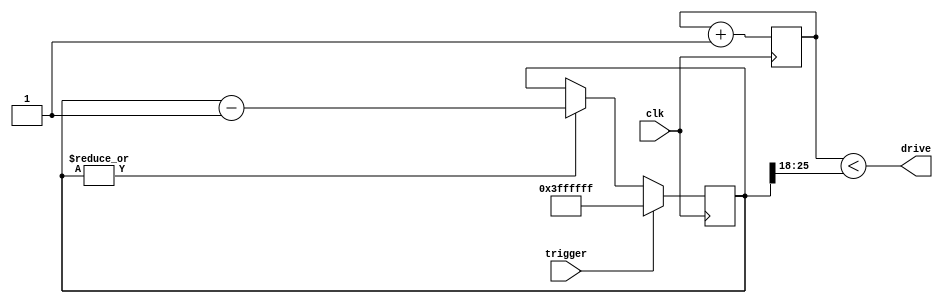
// This program was cloned from: https://github.com/kramble/FPGA-Litecoin-Miner
// License: GNU General Public License v3.0

// When triggered, turn the output to maximum and start fading to black

// by teknohog

module pwm_fade (clk, trigger, drive);
   input trigger;
   input clk;
   output drive;

   //parameter FADE_BITS = 27;
   parameter LEVEL_BITS = 8;

   // Average block interval in clock cycles is
   // 2**32 / (clk * 0.5**ll2 * miners) * clk
   // where (clk * 0.5**ll2 * miners) is the hashrate
   parameter LOCAL_MINERS = 1;
   parameter LOOP_LOG2 = 1;
   //localparam FADE_BITS = 32 + LOOP_LOG2 - $clog2(LOCAL_MINERS);

   // Xilinx ISE 13.2 cannot handle $clog2 in localparam, but it works
   // in the index
`define FADE_BITS 26
   
   reg [LEVEL_BITS-1:0] pwm_counter;
   always @(posedge clk) pwm_counter = pwm_counter + 1;

   reg [`FADE_BITS-1:0] fade_counter = 0;
   always @(posedge clk)
     if (trigger) fade_counter = 0 - 1;
     else if (|fade_counter) fade_counter = fade_counter - 1;
   
   // For some reason, {FADE_BITS{1}} sets the register to zero, but
   // 0-1 works. Also, it needs to be explicitly initialized to
   // zero. Could be just a Nexys2 quirk, as these LEDs are routed to
   // general I/O pins too.
     
   wire [LEVEL_BITS-1:0] level;
   assign level = fade_counter[`FADE_BITS-1:`FADE_BITS-LEVEL_BITS];

   // With <= we cannot have true zero; with < we cannot have full
   // brightness. This is a rather fundamental problem, since we need
   // 256 timeslices to fill the whole, but the choice of "off" would
   // require an extra bit... of course, it is possible to get by
   // using a little extra logic.
   assign drive = (pwm_counter < level);
   
endmodule